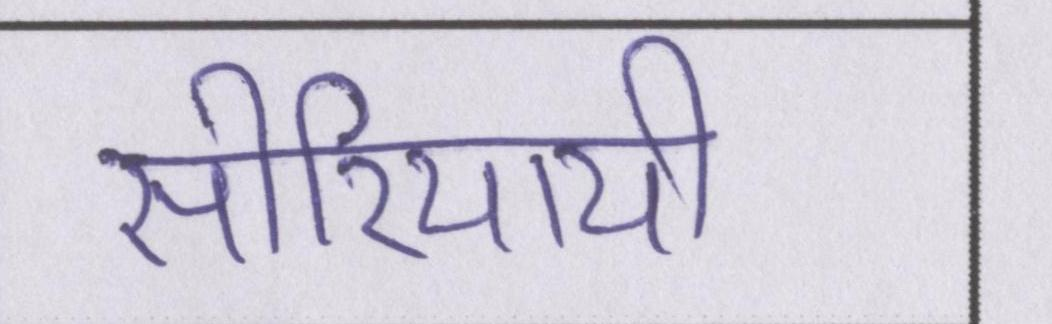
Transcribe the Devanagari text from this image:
सीरियायी